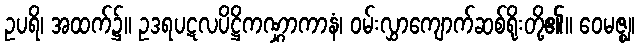
ဥပရိ၊ အထက်၌။ ဥဒရပဋလပိဋ္ဌိကဏ္ဋာကာနံ၊ ဝမ်းလွှာကျောက်ဆစ်ရိုးတို့၏။ ဝေမဇ္ဈ၊